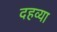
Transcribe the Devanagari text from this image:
दहव्या